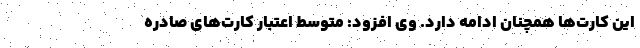
این کارت‌ها همچنان ادامه دارد. وی افزود: متوسط اعتبار کارت‌های صادره